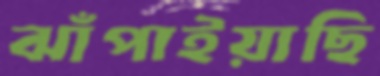
ঝাঁপাইয়াছি